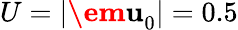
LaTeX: U=|\textbf{\em u}_{0}|=0.5